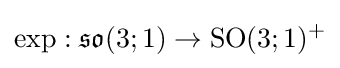
\exp :{\mathfrak {so}}(3;1)\to {\text{SO}}(3;1)^{+}